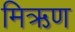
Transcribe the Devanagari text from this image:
मिऋण